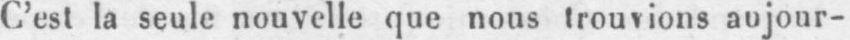
C’est la seule nouvelle que nous trouvions aujour-